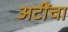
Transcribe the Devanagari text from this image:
अटींचा